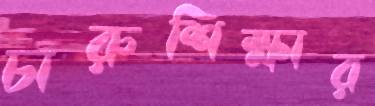
চারুশিক্ষার